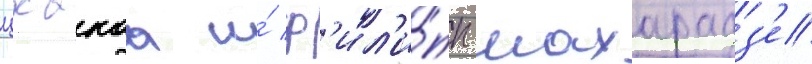
цхакаа и́ ф'ил'и́пп махарадз'е